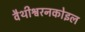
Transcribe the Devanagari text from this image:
वैथीश्वरनकोइल